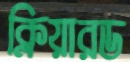
ক্লিয়ারড